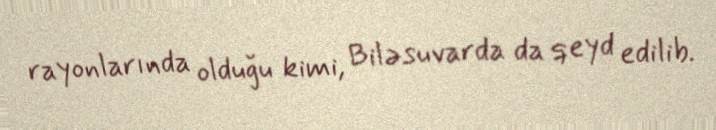
rayonlarında olduğu kimi, Biləsuvarda da qeyd edilib.